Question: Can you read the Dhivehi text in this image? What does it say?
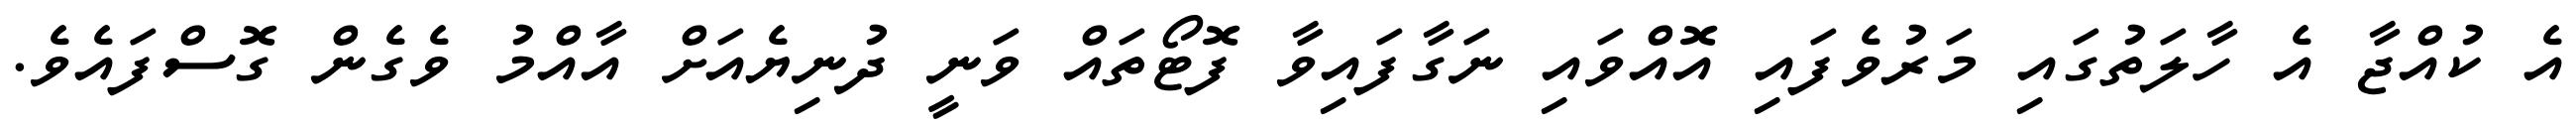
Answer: އެ ކުއްޖާ އެ ހާލަތުގައި މަރުވެފައި އޮއްވައި ނަގާފައިވާ ފޮޓޯތައް ވަނީ ދުނިޔެއަށް އާއްމު ވެގެން ގޮސްފައެވެ.